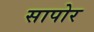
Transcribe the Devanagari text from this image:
सापोर